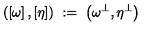
\left( \left[ \omega \right] , \left[ \eta \right] \right) \ : = \ \left( \omega ^ { \perp } , \eta ^ { \perp } \right)